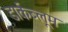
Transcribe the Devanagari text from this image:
डार्कब्लूम